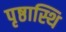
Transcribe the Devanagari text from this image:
पृष्ठास्थि